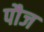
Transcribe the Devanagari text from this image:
पौज